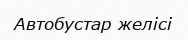
Автобустар желісі